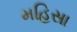
મહિસા